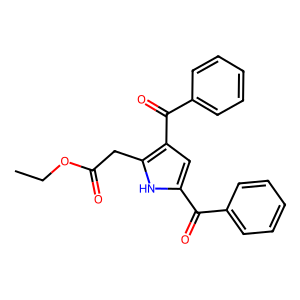
SMILES: CCOC(=O)Cc1[nH]c(C(=O)c2ccccc2)cc1C(=O)c1ccccc1
Inhibits HIV replication: No